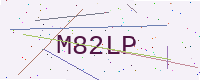
Text: M82LP